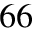
^ { 6 6 }